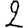
Digit: 2